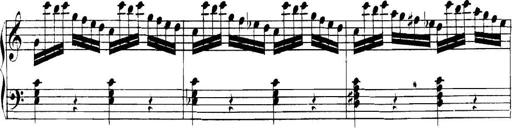
Title: Collected Piano Sonatas
Composer: Muzio Clementi